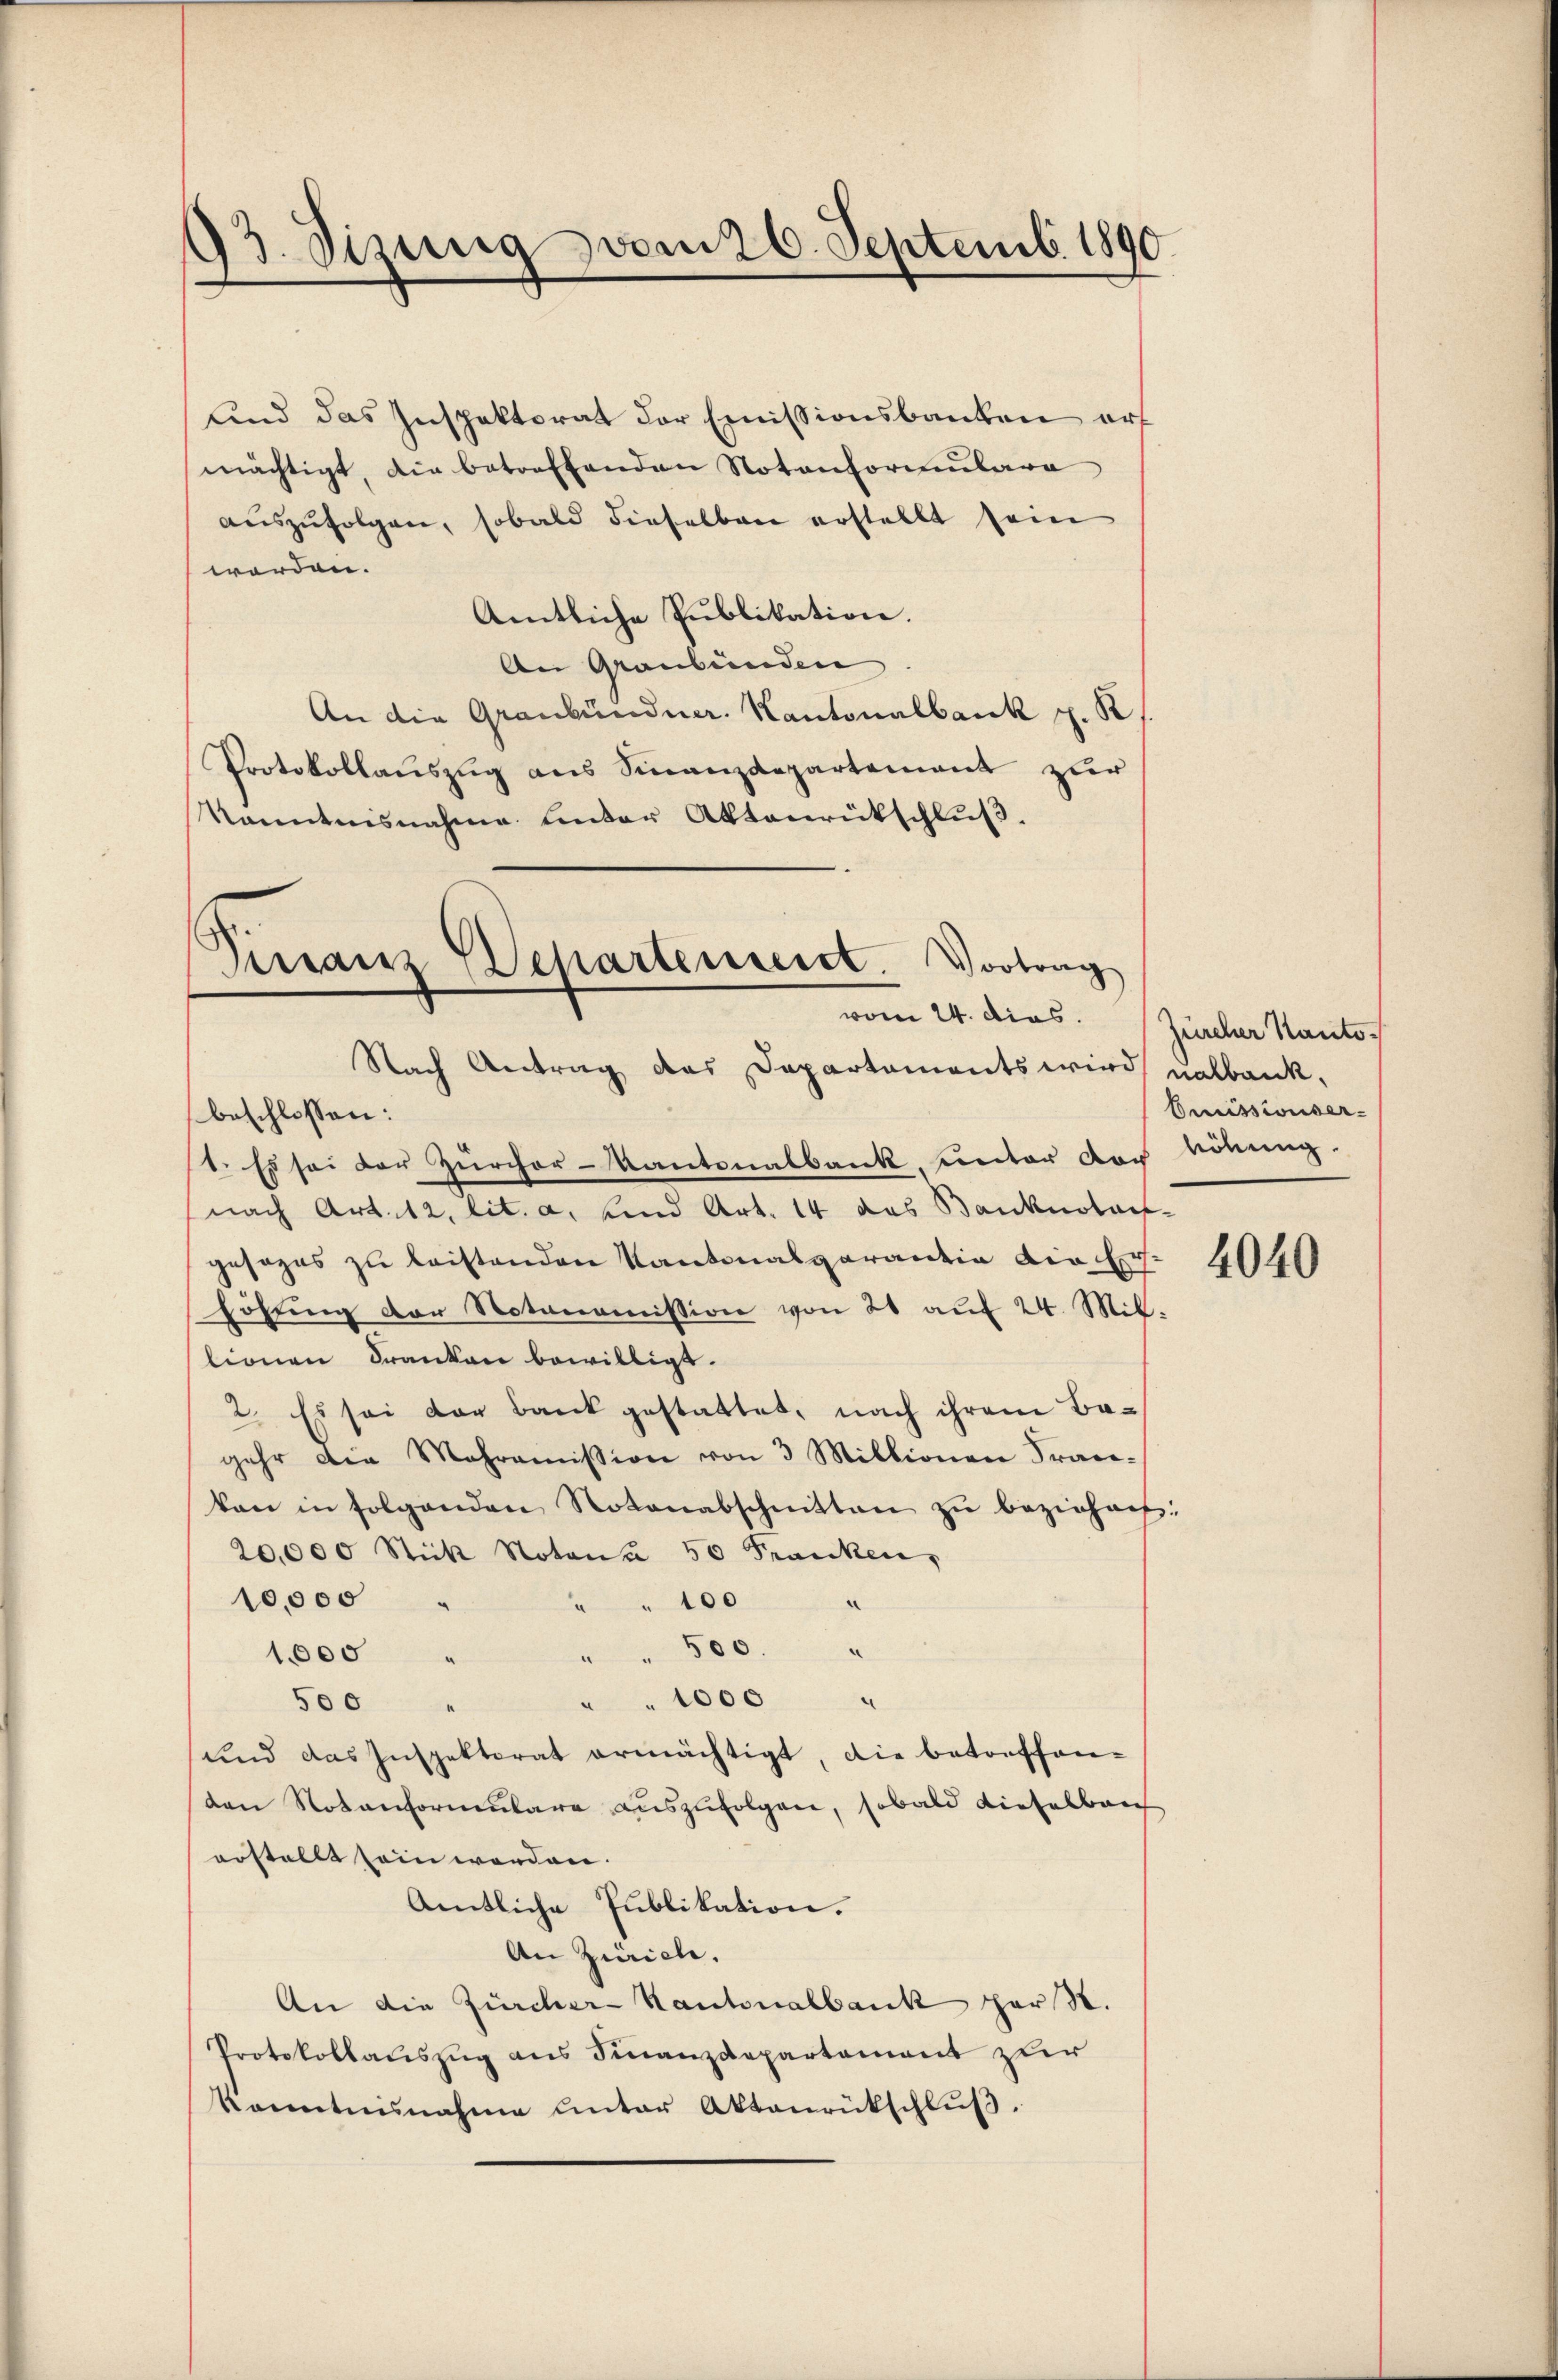
93. Sizung vom 26. Septemb. 1890

sind das Inspektorat der Emissionsbanken erf
mächtigt, die betreffenden Notenformulara
aŭszŭfolgen, sobald dieselben erstellt sein
worden.
Amtliche Publikation.
An Graubünden
An die Graubündner. Kantonalbank p. K
Protokollaŭszŭg ans Finanzdepartement zur
Kanntnisnahme unter Aktenrückschluß.
Nach Antrag des Departaments wird nalbank,
beschlossen:
1. Es sei der Zürcher-Kantonalbank, unter doch
(nach Art. 12. lit. a. und Art. 14 das Banknotars
gesages zu leistenden Kantonalgarantia die Erhöhŭng der Notonomission von 20 auf 24. Mil
lionen Franken bewilligt.
2. Es sei der Bank gestattet, nach ihrem Bagehr die Mahroṁission von 3 Millionen Fran-
kan in folgenden Notenabschnitten zŭ beziehen
20,000 Stick Notone 50 Franken,
10,000
" 100
" " 500. "
1,000
" 1000
500
und das Inspektorat ermächtigt, die betreffen-
den Notenformentare auszufolgen, sobald diefelbar
erstellt sein werden.
Amtliche Publikation.
An Zürich.
An die Zürcher-Kantonalbank par St.
Protokollauszug aus Finanzdepartement zur
konntnisnahme unter Aktenrückschlŭβ.

Virranz Departenseit Vortrag
vom 24. dies

Zürcher Kanto
Benissionser
höhung.

2

4040